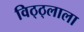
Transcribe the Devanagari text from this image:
विठ्ठ्लाला